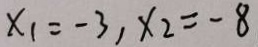
x _ { 1 } = - 3 , x _ { 2 } = - 8